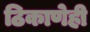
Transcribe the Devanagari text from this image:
ठिकाणेही